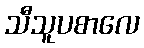
သီသူပစာလေ